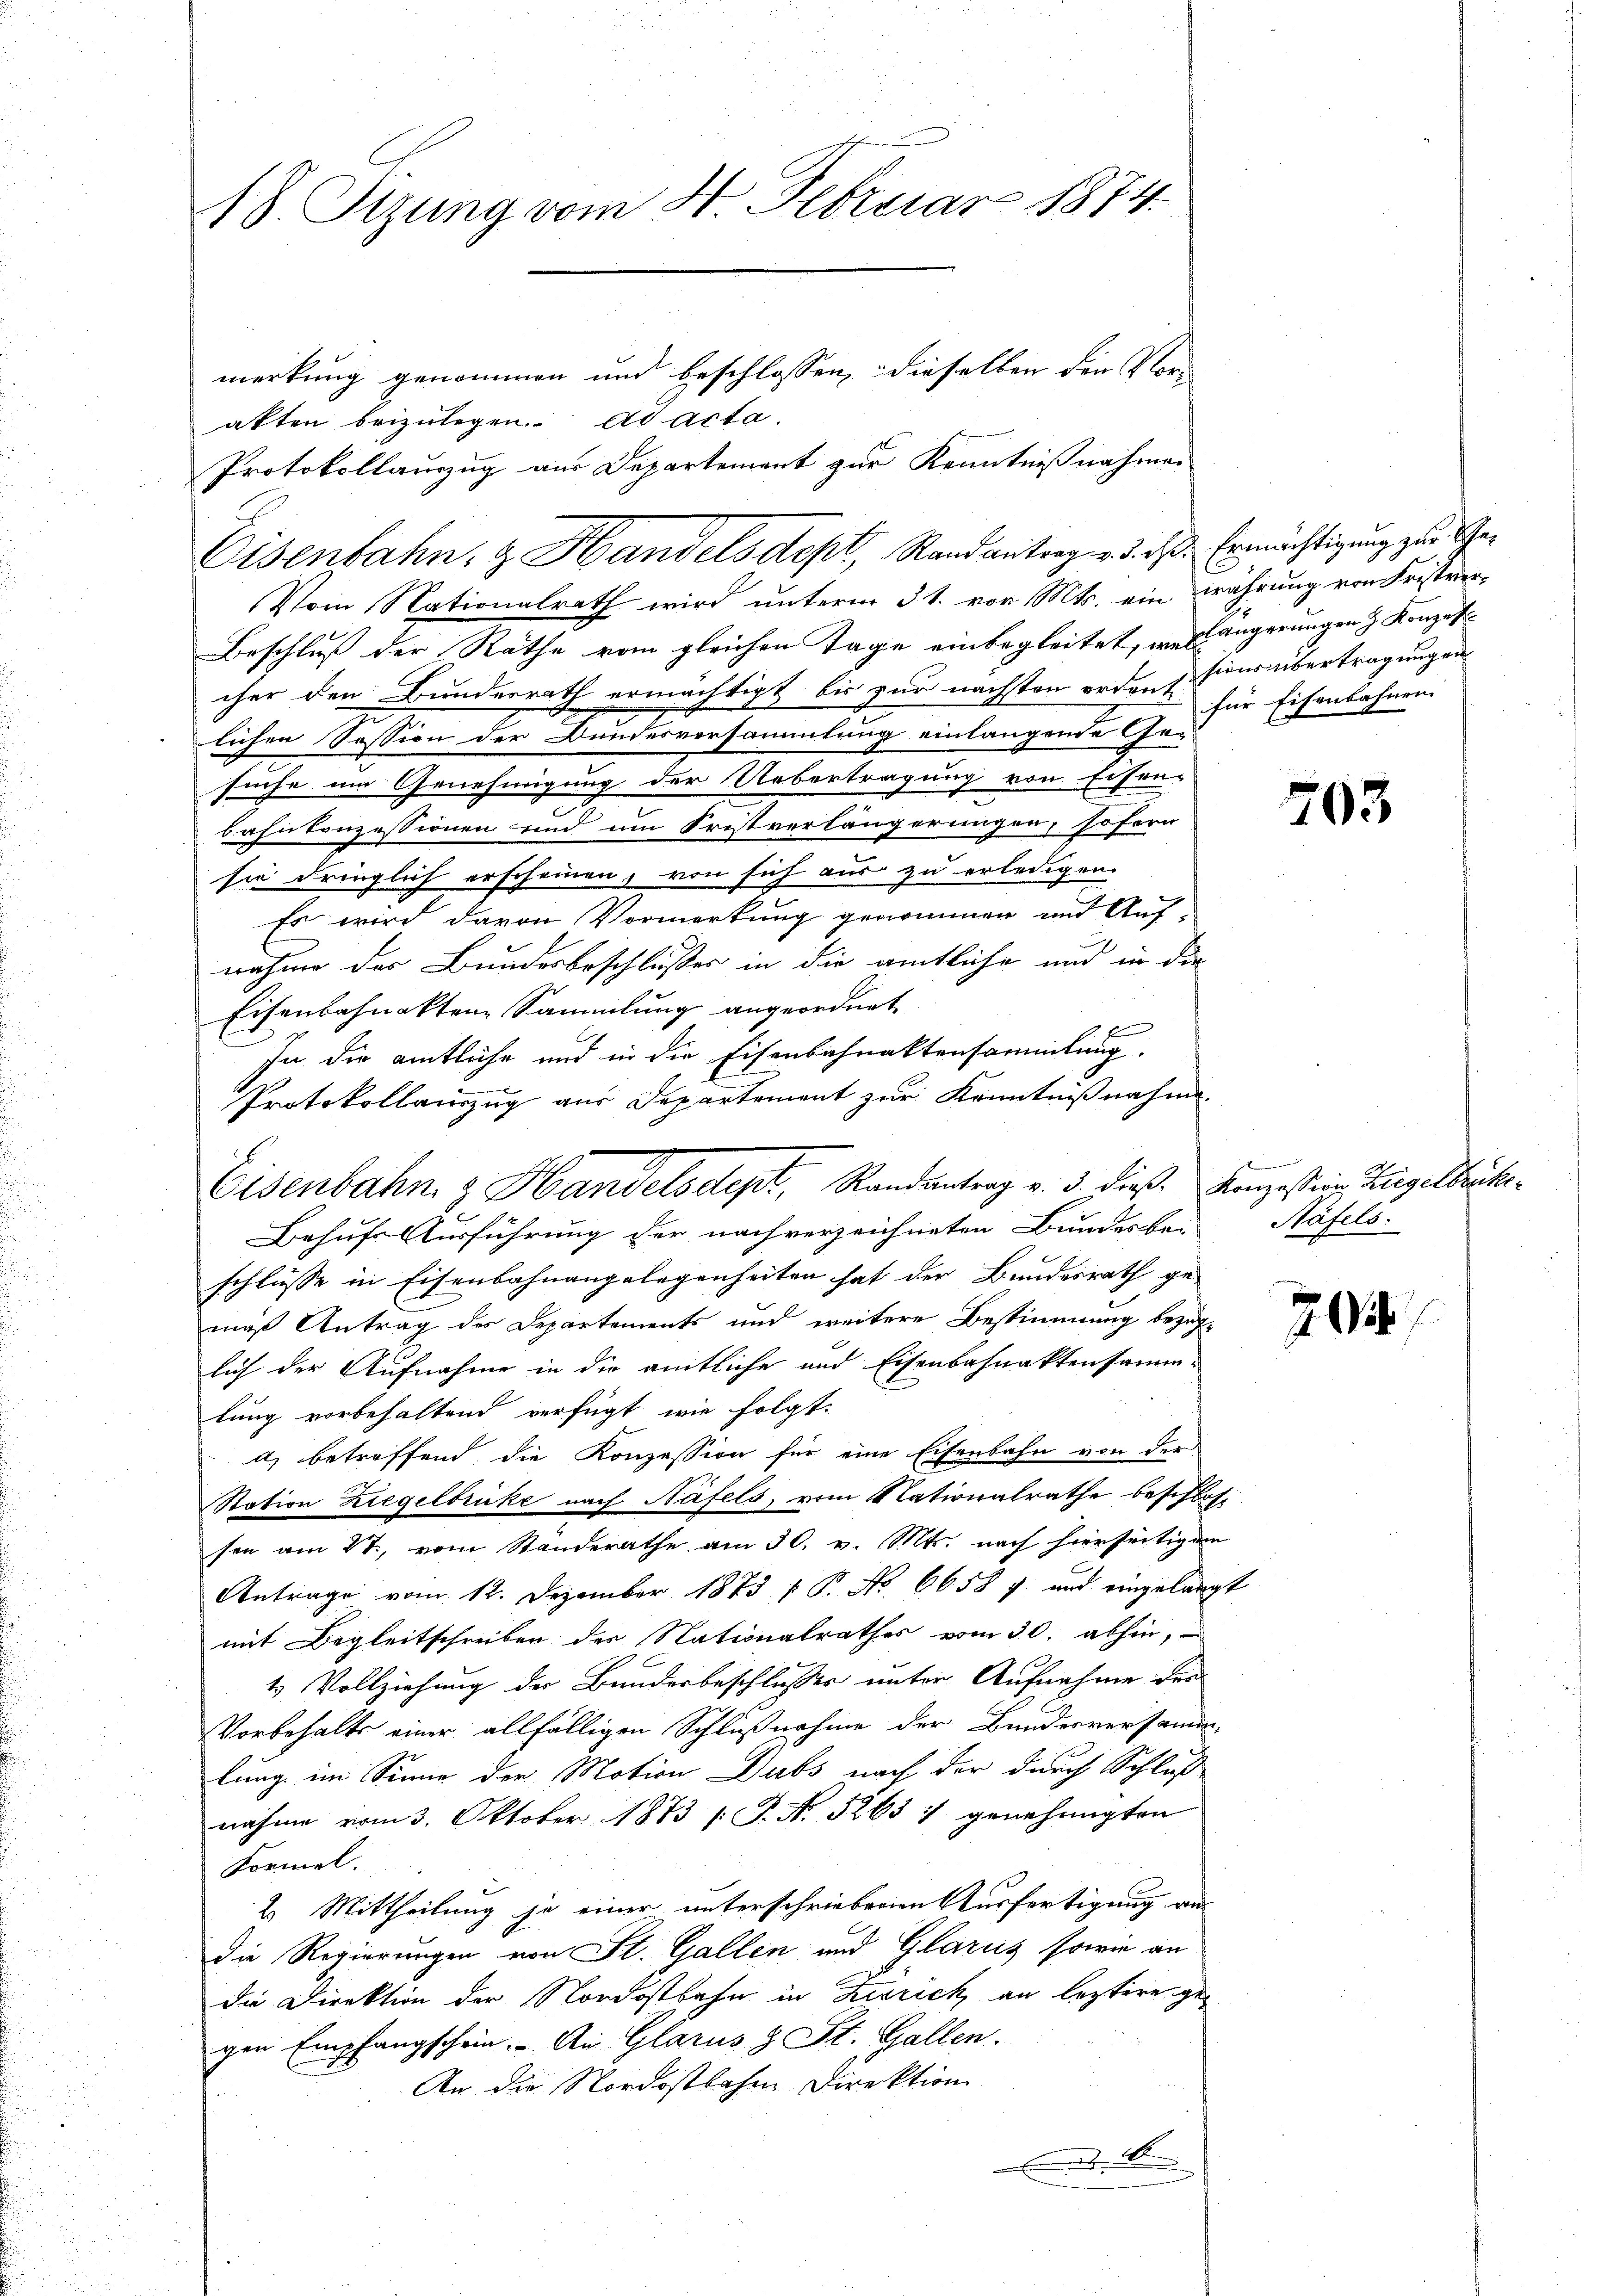
18. Sizung vom 4. Februar 1874.

merkung genommen und beschlossen, dieselben den Vor-
akten beizulegen. ad acta.
Vom Nationalrath wird unterm 31. vor. Mts. ein währung von Fristver-
Beschluß der Räthe vom gleichen Tage einbegleitet, weslängerungen & Konzescher den Bundesrath ermächtigt bis zur nächsten ordente für Eisenbahnen
lichen Session der Bundesversammlung einlangende Ge-
suche um Genehmigung der Uebertragung von Eisen-
bahnkonzessionen und um Fristverlängerungen, sofern
sie dringlich erscheinen, von sich aus zu erledigen.
Es wird davon Vormerkung genommen und Aufnahme der Bundesbeschlusses in die amtliche und in der
Eisenbahnakten Sammlung angeordnet
f
In die amtliche und in die Eisenbahnaktensammlung.
Protokollauszug aus Departement zur Kenntnißnahme.
Behufs Ausführung der nach verzeichneten Bundesbe-
schlüsse in Eisenbahnangelegenheiten hat der Bundesrath ge-
mäß Antrag des Departements und weitere Bestimmung bezüglich der Aufnahme in die amtliche und Eisenbahnaktensammlung vorbehaltend verfügt, wie folgt.
d) betroffend die Konzession für eine Eisenbahn von der
Station Ziegelbrücke nach Näfels, vom Nationalrathe beschlos
sen am 27., vom Standerathe am 30. v. Mts. nach hierseitigen
Antrage vom 12. Dezember 1873 / P. No 6658 7 und eingelangt
mit Begleitschreiben der Nationalrathes vom 30. abhin,
4 Vollziehung der Bundesbeschlusses unter Aufnahme der
Vorbehalts einer allfälligen Schlußnahme der Bundesversamm-
lung im Sinne der Motion Dubs nach der durch Schluß
nahme vom 3. Oktober 1873 (T. N. 3265 7 genehmigten
Formel.
2. Mittheilung je einer unterschriebenen Ausfertigung an
Die Regierungen von St. Gallen und Glarus sowie an
die Direktion der Nordostbahn in Zürich, an leztere gegen Empfangschein. An Glarus & St. Gallen.
An die Nordostbahne Direktion
0

Eisenbahn z. Handelsdept, Randantrag v. 3. dieß. Konzession, Ziegelbrücke

Protokollauszug aus Departement zur Kenntnißnahmen
Eisenbahn, & Handels Sept, Randantrag v. 3. das Ermächtigung zur Ge¬

sion übertragungen

703

Häfels:

202